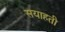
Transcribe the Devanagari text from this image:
सयाहती